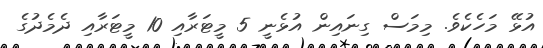
އުޅޭ މަހެކެވެ. މިމަސް ގިނައިން އުޅެނީ 5 މީޓަރާއި 10 މީޓަރާއި ދެމެދުގެ